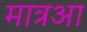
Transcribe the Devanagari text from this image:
मात्रआ